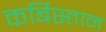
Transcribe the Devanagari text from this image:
कर्बिस्तान